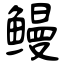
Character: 鳗